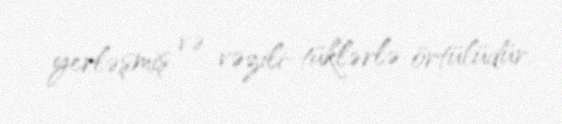
yerləşmiş və vəzili-tüklərlə örtülüdür.